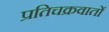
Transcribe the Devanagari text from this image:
प्रतिचक्रवातों